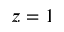
z = 1